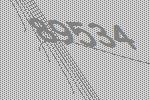
89534